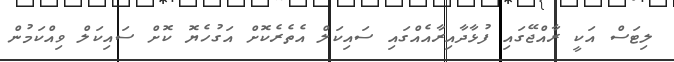
ލިޓަސް އަކީ ރާއްޖޭގައި ފުޅާދާއިރާއެއްގައި ސައިކަލް އެތެރެކޮށް އަގުހެޔޮ ކޮށް ސައިކަލް ވިއްކަމުން